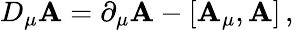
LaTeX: D_{\mu}\mathbf{A}=\partial_{\mu}\mathbf{A}-\left[\mathbf{A}_{\mu},\mathbf{A}\right]\, ,